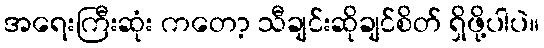
အရေးကြီးဆုံး ကတော့ သီချင်းဆိုချင်စိတ် ရှိဖို့ပါပဲ။